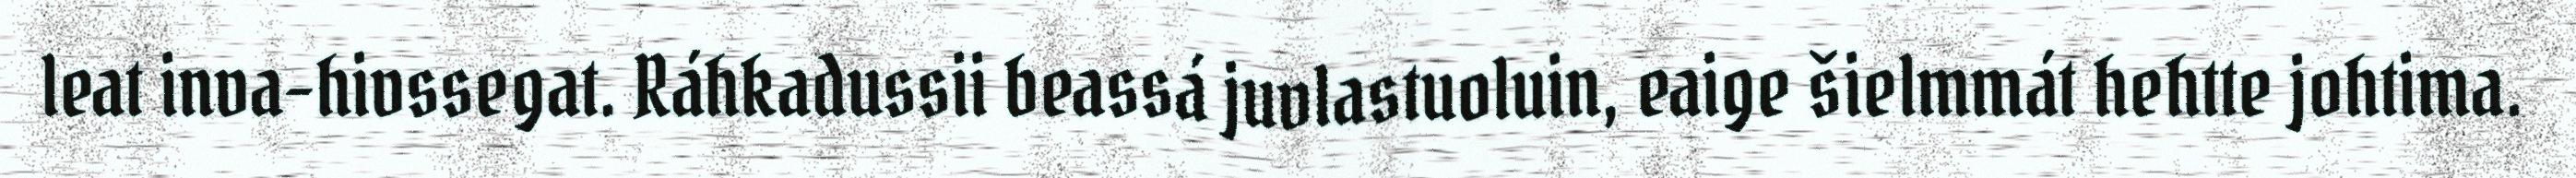
leat inva-hivssegat. Ráhkadussii beassá juvlastuoluin, eaige šielmmát hehtte johtima.